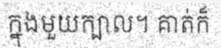
ក្នុងមួយក្បាល។ គាត់ក៏